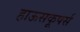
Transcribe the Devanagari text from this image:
हाऊसकूपर्स